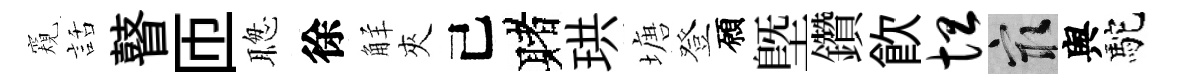
窺話瞽匝聦徐觧夾己赌珙塘登願塈鑽飲坦冣舆駝